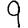
Digit: 9